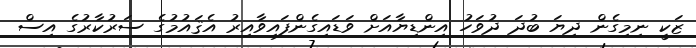
ޒަކީ ނިމިގެން ދިޔަ ބުދަ ދުވަހު އިންޑިޔާއަށް ވަޑައިގެންފައިވާއިރު އެޤައުމުގެ ސަރުކާރުގެ އިސް